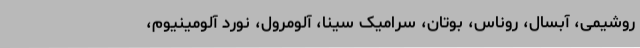
روشیمی، آبسال، روناس، بوتان، سرامیک سینا، آلومرول، نورد آلومینیوم،